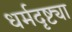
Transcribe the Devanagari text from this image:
धर्मदृष्ट्या